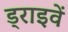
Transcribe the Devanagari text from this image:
ड्राइवें